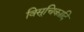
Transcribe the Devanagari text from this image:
विसूचिकादि